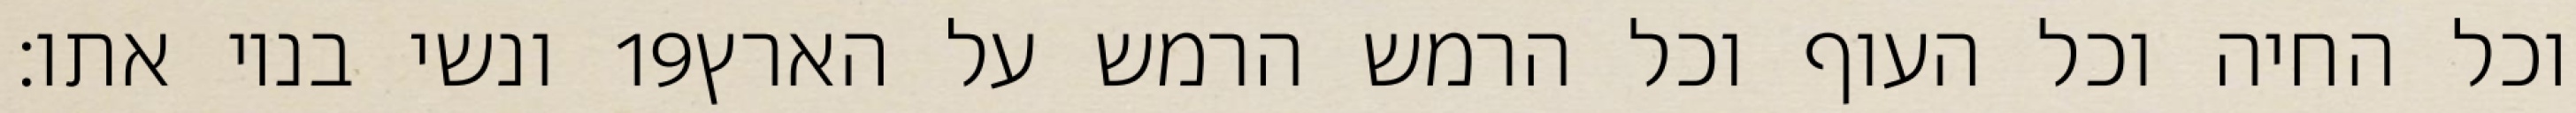
ונשי בניו אתו׃ ‎19‏ וכל החיה וכל העוף וכל הרמש הרמש על הארץ